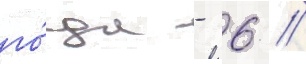
го́да - 6 //